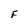
Character: F